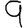
Digit: 9